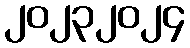
၂၀၂၃၂၀၂၄